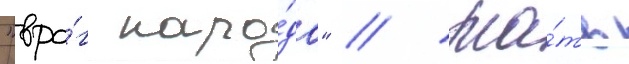
"вра́г наро́да" // Ма́ть